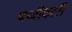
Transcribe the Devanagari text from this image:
पच्‍चीकारी